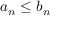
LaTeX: a _ { n } \leq b _ { n }